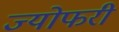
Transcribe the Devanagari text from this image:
ज्योफरी